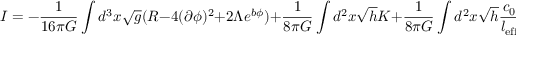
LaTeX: I = - \frac { 1 } { 1 6 \pi G } \int d ^ { 3 } x \sqrt { g } ( R - 4 ( \partial \phi ) ^ { 2 } + 2 \Lambda e ^ { b \phi } ) + \frac { 1 } { 8 \pi G } \int d ^ { 2 } x \sqrt { h } K + \frac { 1 } { 8 \pi G } \int d ^ { 2 } x \sqrt { h } \frac { c _ { 0 } } { l _ { \mathrm { e f f } } } ,